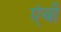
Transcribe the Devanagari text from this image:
एंबी